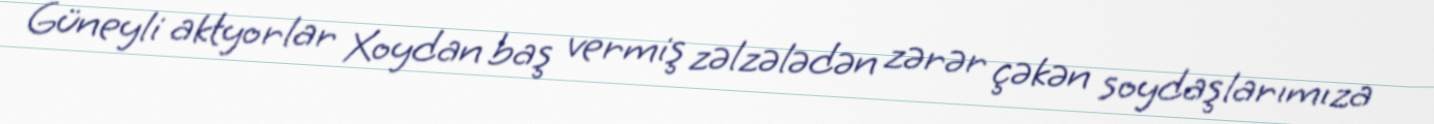
Güneyli aktyorlar Xoydan baş vermiş zəlzələdən zərər çəkən soydaşlarımıza